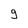
Character: 9